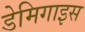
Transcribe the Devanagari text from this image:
डेमिगाइस